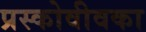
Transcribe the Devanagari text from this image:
प्रस्कोवीवका